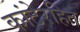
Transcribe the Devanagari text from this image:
कांटेरहित